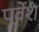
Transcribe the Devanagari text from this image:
पूर्वेश